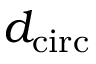
d _ { \mathrm { c i r c } }